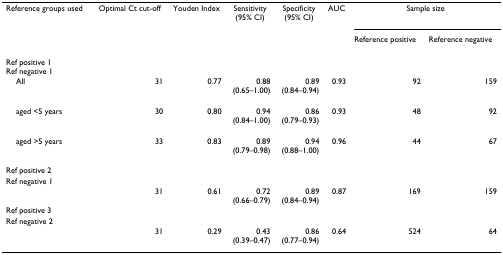
| Reference groups used | Optimal Ct cut-off | Youden Index | Sensitivity(95% CI) | Specificity(95% CI) | AUC | <COLSPAN=2> Sample size |
 |  |  |  |  |  |  | Reference positive | Reference negative |
 | --- | --- | --- | --- | --- | --- | --- | --- |
 | Ref positive 1Ref negative 1 |  |  |  |  |  |  |  |
 | All | 31 | 0.77 | 0.88(0.65–1.00) | 0.89(0.84–0.94) | 0.93 | 92 | 159 |
 | aged <5 years | 30 | 0.80 | 0.94(0.84–1.00) | 0.86(0.79–0.93) | 0.93 | 48 | 92 |
 | aged >5 years | 33 | 0.83 | 0.89(0.79–0.98) | 0.94(0.88–1.00) | 0.96 | 44 | 67 |
 | Ref positive 2 |  |  |  |  |  |  |  |
 | Ref negative 1 |  |  |  |  |  |  |  |
 |  | 31 | 0.61 | 0.72(0.66–0.79) | 0.89(0.84–0.94) | 0.87 | 169 | 159 |
 | Ref positive 3 |  |  |  |  |  |  |  |
 | Ref negative 2 |  |  |  |  |  |  |  |
 |  | 31 | 0.29 | 0.43(0.39–0.47) | 0.86(0.77–0.94) | 0.64 | 524 | 64 |